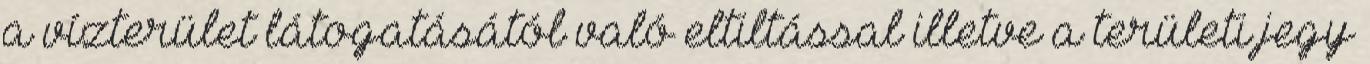
a vízterület látogatásától való eltiltással illetve a területi jegy